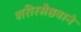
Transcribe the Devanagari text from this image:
शरीरसैष्ठवाने